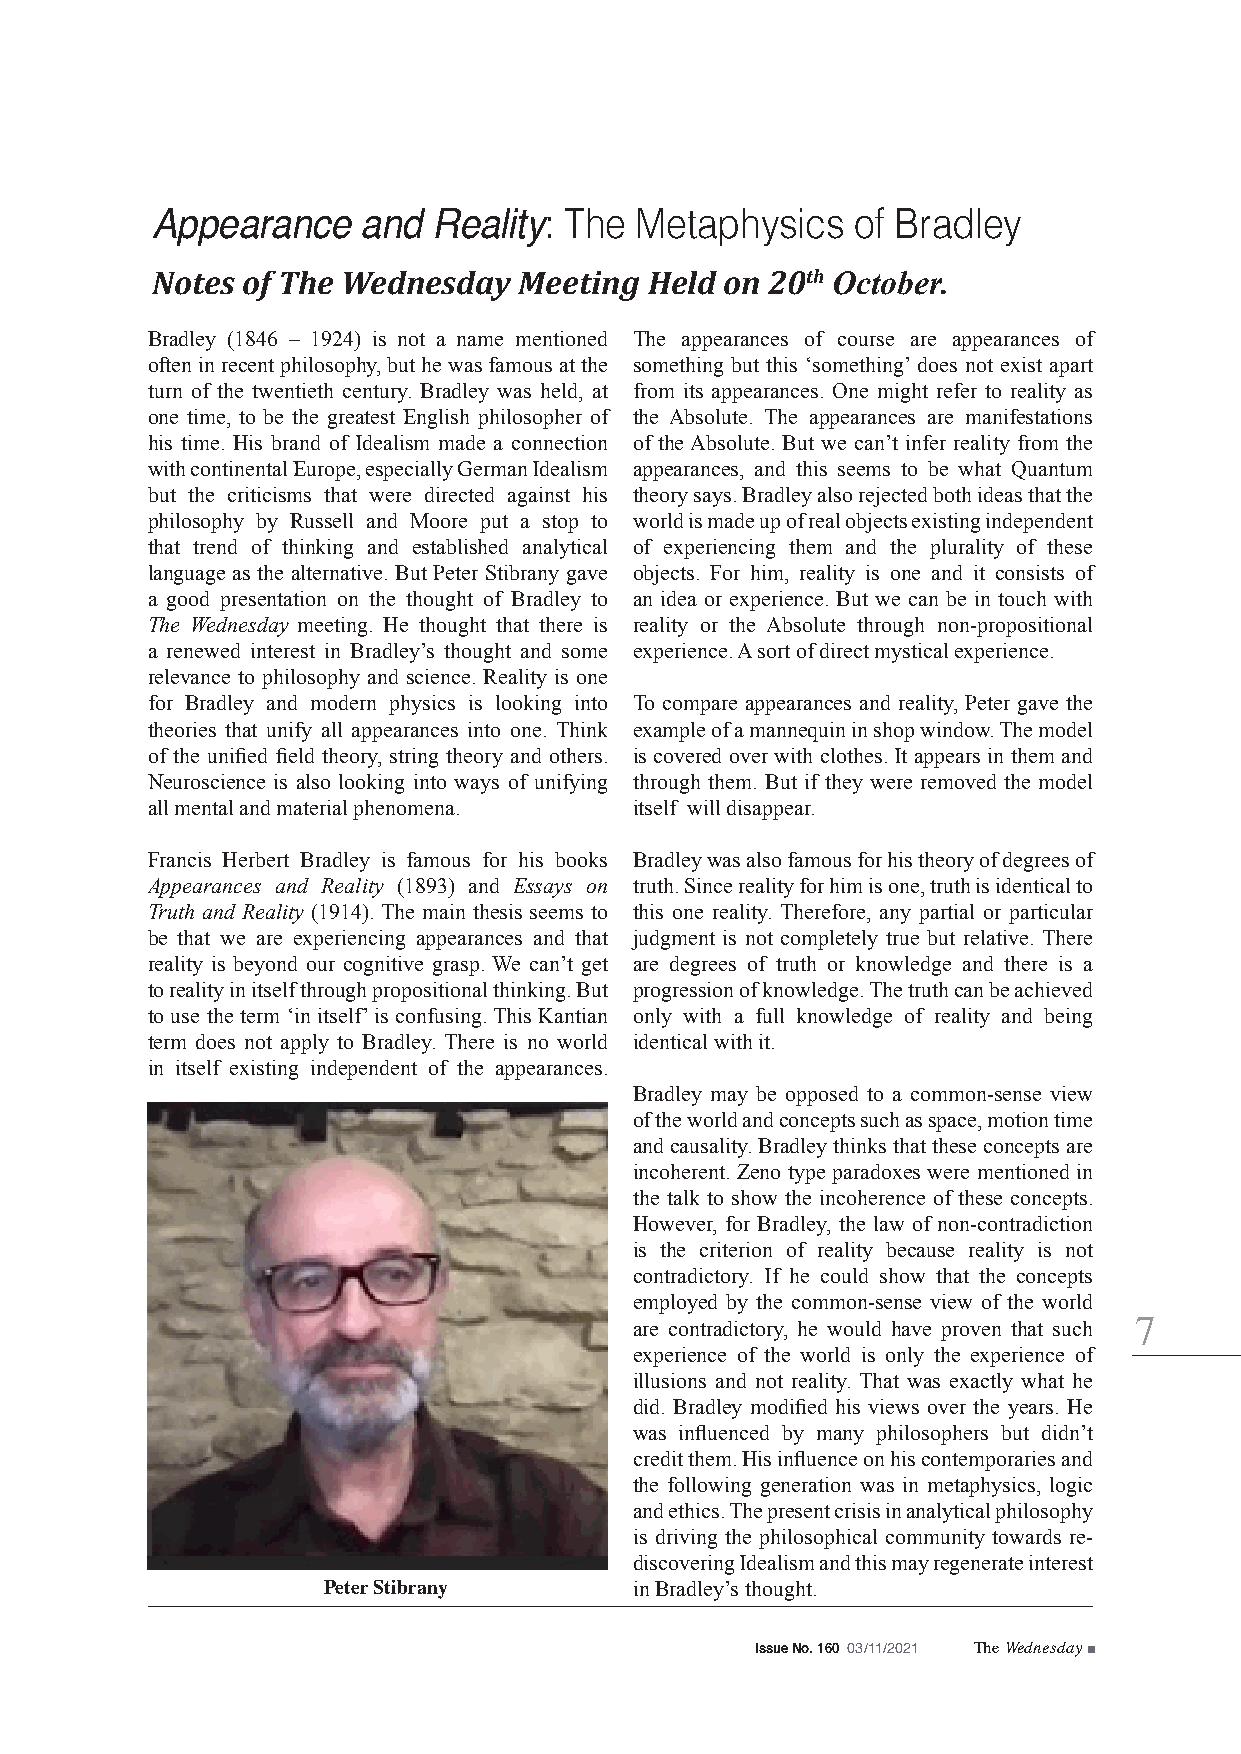
: The Metaphysics    of Bradley
 Appearance    and  Reality
 Notes of The Wednesday  Meeting  Held on 20th October.
 Bradley (1846 – 1924) is not a name mentioned The appearances of course are appearances of
 often in recent philosophy, but he was famous at the something but this ‘something’ does not exist apart
 turn of the twentieth century. Bradley was held, at from its appearances. One might refer to reality as
 one time, to be the greatest English philosopher of the Absolute. The appearances are manifestations
 his time. His brand of Idealism made a connection of the Absolute. But we can’t infer reality from the
 with continental Europe, especially German Idealism appearances, and this seems to be what Quantum
 but the criticisms that were directed against his theory says. Bradley also rejected both ideas that the
 philosophy by Russell and Moore put a stop to world is made up of real objects existing independent
 that trend of thinking and established analytical of experiencing them and the plurality of these
 language as the alternative. But Peter Stibrany gave objects. For him, reality is one and it consists of
 a good presentation on the thought of Bradley to an idea or experience. But we can be in touch with
 The Wednesday meeting. He thought that there is reality or the Absolute through non-propositional
 a renewed interest in Bradley’s thought and some experience. A sort of direct mystical experience.
 relevance to philosophy and science. Reality is one
 for Bradley and modern physics is looking into To compare appearances and reality, Peter gave the
 theories that unify all appearances into one. Think example of a mannequin in shop window. The model
 of the unified field theory, string theory and others. is covered over with clothes. It appears in them and
 Neuroscience is also looking into ways of unifying through them. But if they were removed the model
 all mental and material phenomena. itself will disappear.
 Francis Herbert Bradley is famous for his books Bradley was also famous for his theory of degrees of
 Appearances and Reality (1893) and Essays on truth. Since reality for him is one, truth is identical to
 Truth and Reality (1914). The main thesis seems to this one reality. Therefore, any partial or particular
 be that we are experiencing appearances and that judgment is not completely true but relative. There
 reality is beyond our cognitive grasp. We can’t get are degrees of truth or knowledge and there is a
 to reality in itself through propositional thinking. But progression of knowledge. The truth can be achieved
 to use the term ‘in itself’ is confusing. This Kantian only with a full knowledge of reality and being
 term does not apply to Bradley. There is no world identical with it.
 in itself existing independent of the appearances.
 Bradley may be opposed to a common-sense view
 of the world and concepts such as space, motion time
 and causality. Bradley thinks that these concepts are
 incoherent. Zeno type paradoxes were mentioned in
 the talk to show the incoherence of these concepts.
 However, for Bradley, the law of non-contradiction
 is the criterion of reality because reality is not
 contradictory. If he could show that the concepts
 employed by the common-sense view of the world
 are contradictory, he would have proven that such 7
 experience of the world is only the experience of
 illusions and not reality. That was exactly what he
 did. Bradley modified his views over the years. He
 was influenced by many philosophers but didn’t
 credit them. His influence on his contemporaries and
 the following generation was in metaphysics, logic
 and ethics. The present crisis in analytical philosophy
 is driving the philosophical community towards re-
 discovering Idealism and this may regenerate interest
 Peter Stibrany       in Bradley’s thought.
 Issue No. 160 03/11/2021 The Wednesday